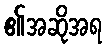
၏အဆိုအရ